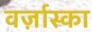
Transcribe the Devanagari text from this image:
वर्ज़ास्का